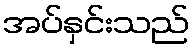
အပ်နှင်းသည်